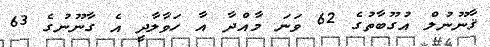
ޤާނޫނުލް އުގޫބާތުގެ 62 ވަނަ މާއްދާ އާ ހަވާލާދީ އެ ގާނޫނުގެ 63